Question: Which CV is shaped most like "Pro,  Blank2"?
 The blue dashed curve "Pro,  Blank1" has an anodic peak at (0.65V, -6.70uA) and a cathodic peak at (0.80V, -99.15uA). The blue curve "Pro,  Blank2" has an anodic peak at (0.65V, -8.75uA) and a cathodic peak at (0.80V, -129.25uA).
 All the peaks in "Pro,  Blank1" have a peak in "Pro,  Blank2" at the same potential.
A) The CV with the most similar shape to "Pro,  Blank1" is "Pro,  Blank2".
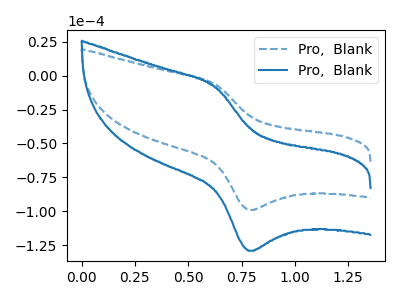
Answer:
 <answer>A) The CV with the most similar shape to "Pro,  Blank1" is "Pro,  Blank2".</answer>
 <eval>A</eval>